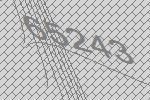
65243